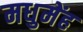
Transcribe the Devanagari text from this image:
मधुमेंह